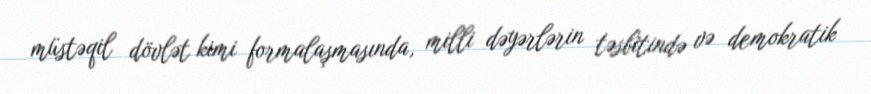
müstəqil dövlət kimi formalaşmasında, milli dəyərlərin təsbitində və demokratik